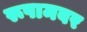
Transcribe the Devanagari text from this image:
रूपामबर